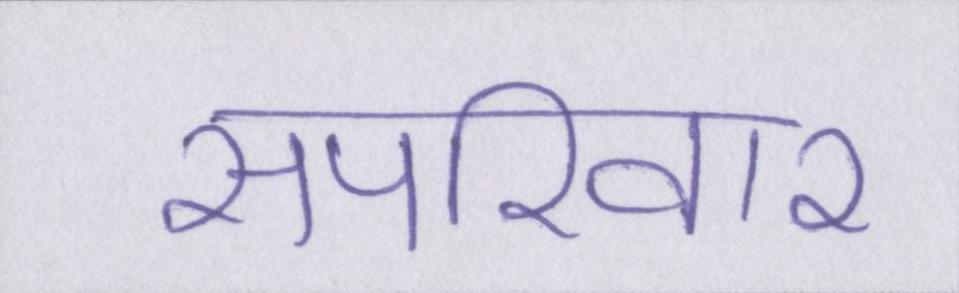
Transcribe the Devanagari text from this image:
सपरिवार